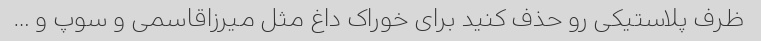
ظرف پلاستیکی رو حذف کنید برای خوراک داغ مثل میرزاقاسمی و سوپ و …